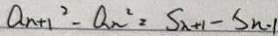
a _ { n } + 1 ^ { 2 } - a _ { n } ^ { 2 } = S _ { n + 1 } - S _ { n - 1 }